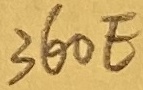
Text: 360E